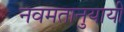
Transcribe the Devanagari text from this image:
नवमतानुयायी